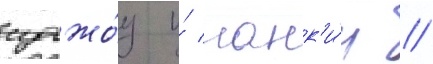
сучжо́у и́ нанк'и́н //